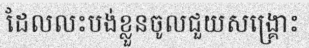
ដែលលះបង់ខ្លួនចូលជួយសង្គ្រោះ